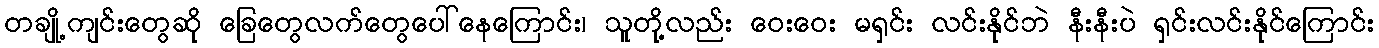
တချို့ကျင်းတွေဆို ခြေတွေလက်တွေပေါ်နေကြောင်း၊ သူတို့လည်း ဝေးဝေး မရှင်း လင်းနိုင်ဘဲ နီးနီးပဲ ရှင်းလင်းနိုင်ကြောင်း